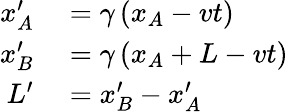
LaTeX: \begin{array}{rl}{x_{A}^{\prime}}&{{}=\gamma\left(x_{A}-vt\right)}\\ {x_{B}^{\prime}}&{{}=\gamma\left(x_{A}+L-vt\right)}\\ {L^{\prime}}&{{}=x_{B}^{\prime}-x_{A}^{\prime}}\end{array}